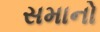
સમાનો